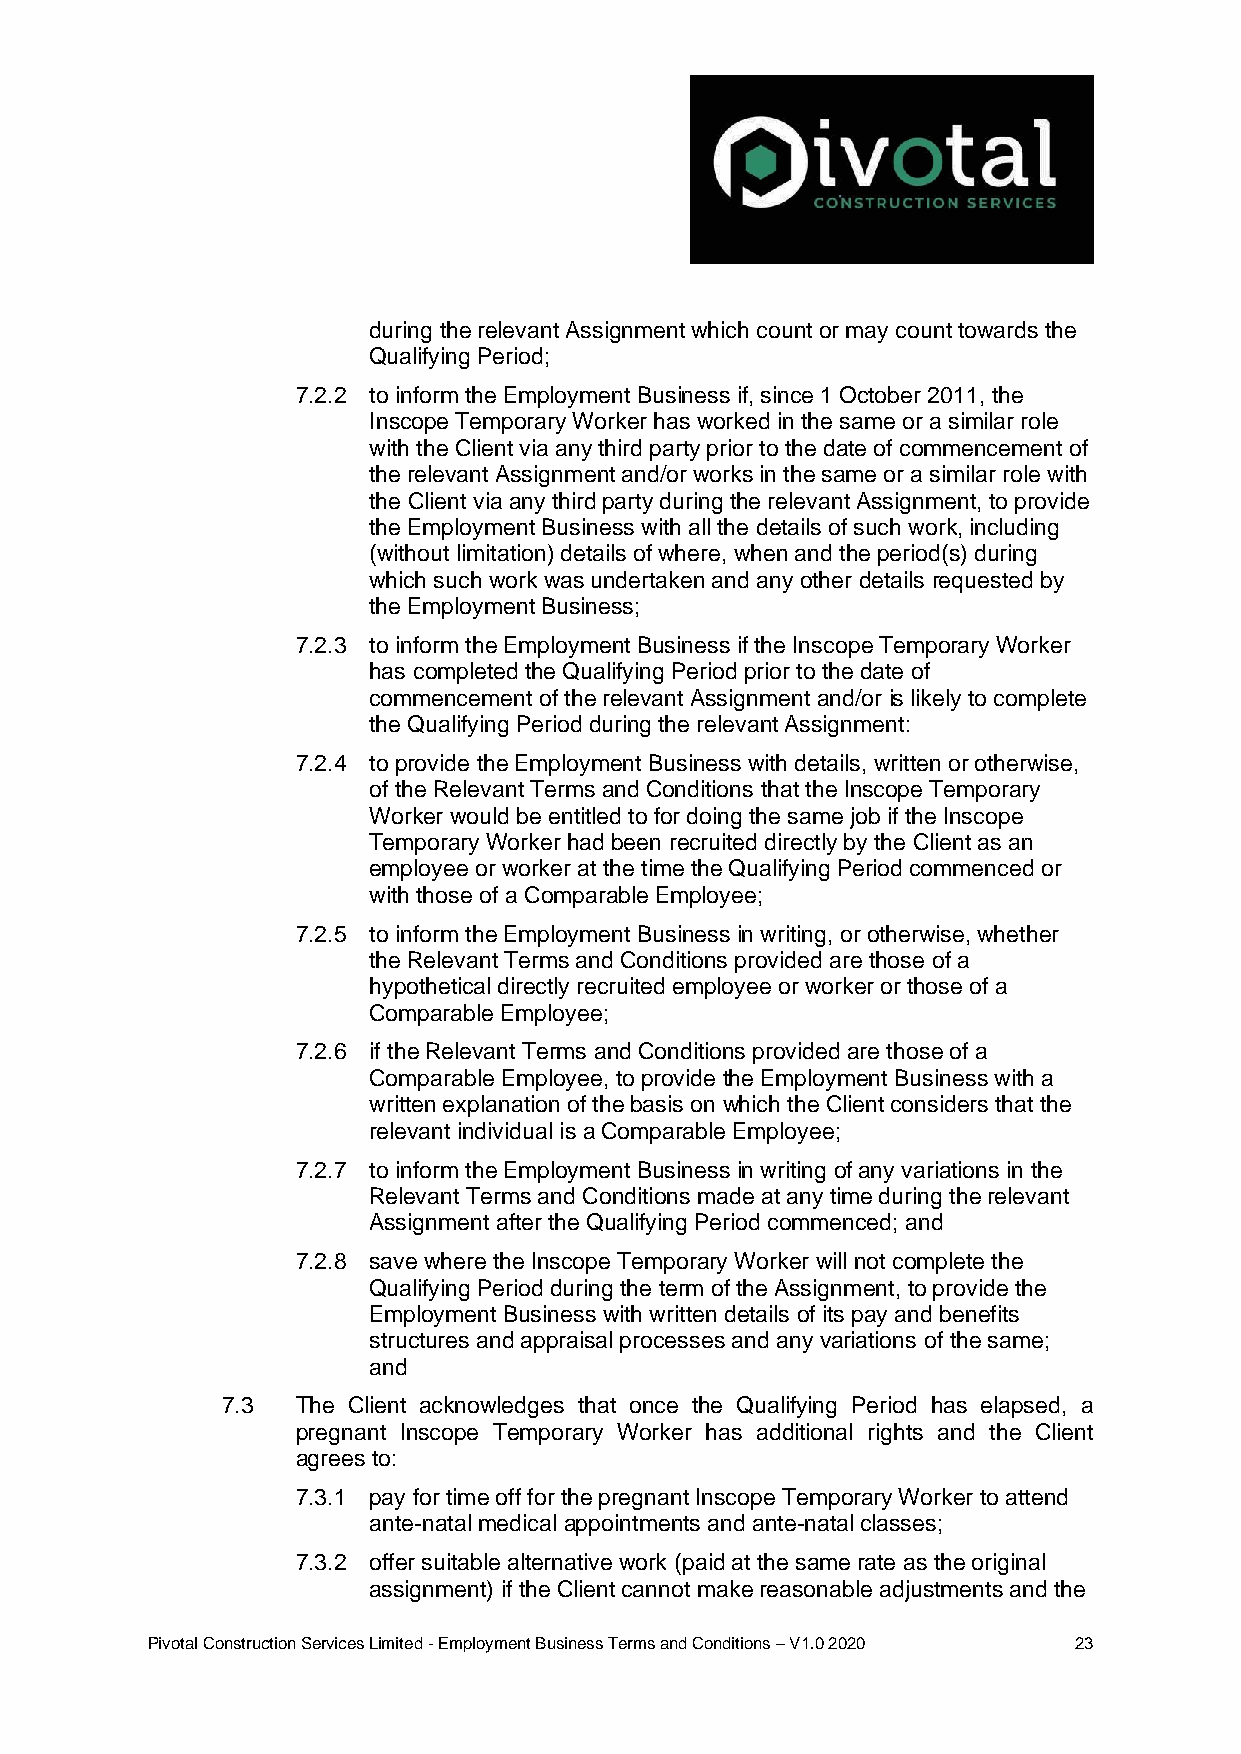
during the relevant Assignment which count or may count towards the
 Qualifying Period;
 7.2.2 to inform the Employment Business if, since 1 October 2011, the
 Inscope Temporary Worker has worked in the same or a similar role
 with the Client via any third party prior to the date of commencement of
 the relevant Assignment and/or works in the same or a similar role with
 the Client via any third party during the relevant Assignment, to provide
 the Employment Business with all the details of such work, including
 (without limitation) details of where, when and the period(s) during
 which such work was undertaken and any other details requested by
 the Employment Business;
 7.2.3 to inform the Employment Business if the Inscope Temporary Worker
 has completed the Qualifying Period prior to the date of
 commencement of the relevant Assignment and/or is likely to complete
 the Qualifying Period during the relevant Assignment:
 7.2.4 to provide the Employment Business with details, written or otherwise,
 of the Relevant Terms and Conditions that the Inscope Temporary
 Worker would be entitled to for doing the same job if the Inscope
 Temporary Worker had been recruited directly by the Client as an
 employee or worker at the time the Qualifying Period commenced or
 with those of a Comparable Employee;
 7.2.5 to inform the Employment Business in writing, or otherwise, whether
 the Relevant Terms and Conditions provided are those of a
 hypothetical directly recruited employee or worker or those of a
 Comparable Employee;
 7.2.6 if the Relevant Terms and Conditions provided are those of a
 Comparable Employee, to provide the Employment Business with a
 written explanation of the basis on which the Client considers that the
 relevant individual is a Comparable Employee;
 7.2.7 to inform the Employment Business in writing of any variations in the
 Relevant Terms and Conditions made at any time during the relevant
 Assignment after the Qualifying Period commenced; and
 7.2.8 save where the Inscope Temporary Worker will not complete the
 Qualifying Period during the term of the Assignment, to provide the
 Employment Business with written details of its pay and benefits
 structures and appraisal processes and any variations of the same;
 and
 7.3  The Client acknowledges that once the Qualifying Period has elapsed, a
 pregnant Inscope Temporary Worker has additional rights and the Client
 agrees to:
 7.3.1 pay for time off for the pregnant Inscope Temporary Worker to attend
 ante-natal medical appointments and ante-natal classes;
 7.3.2 offer suitable alternative work (paid at the same rate as the original
 assignment) if the Client cannot make reasonable adjustments and the
 Pivotal Construction Services Limited - Employment Business Terms and Conditions – V1.0 2020 23